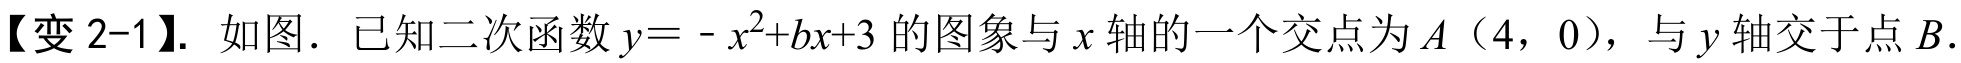
【变 2-1】. 如图．已知二次函数\(y = -x^{2}+bx + 3\)的图象与\(x\)轴的一个交点为\(A\)（4，0），与\(y\)轴交于点\(B\).